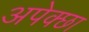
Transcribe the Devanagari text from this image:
अपेक्छा